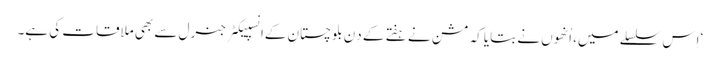
‘اِس سلسلے میں، اُنھوں نے بتایا کہ مشن نے ہفتے کے دِن بلوچستان کےانسپیکٹر جنرل سے بھی ملاقات کی ہے۔